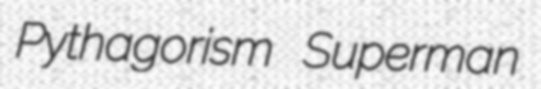
Pythagorism Superman